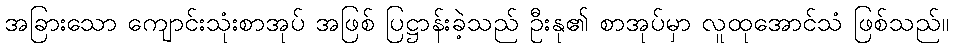
အခြားသော ကျောင်းသုံးစာအုပ် အဖြစ် ပြဋ္ဌာန်းခဲ့သည် ဦးနု၏ စာအုပ်မှာ လူထုအောင်သံ ဖြစ်သည်။